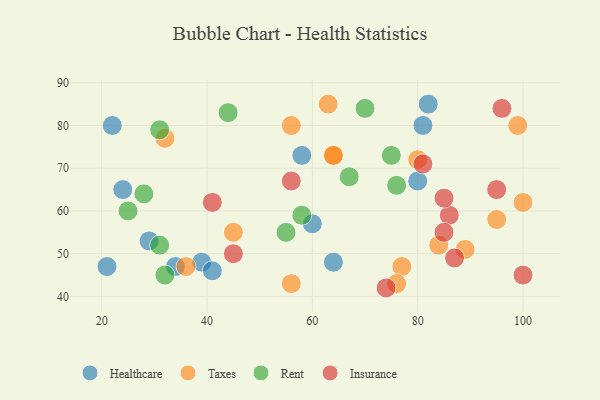
{"axis": {"x": "GDP", "y": "Life Expectancy"}, "legend": ["Healthcare", "Insurance", "Rent", "Taxes"], "data": [{"x": "81", "y": 80, "type": "Healthcare"}, {"x": "34", "y": 47, "type": "Healthcare"}, {"x": "64", "y": 48, "type": "Healthcare"}, {"x": "80", "y": 67, "type": "Healthcare"}, {"x": "39", "y": 48, "type": "Healthcare"}, {"x": "22", "y": 80, "type": "Healthcare"}, {"x": "29", "y": 53, "type": "Healthcare"}, {"x": "82", "y": 85, "type": "Healthcare"}, {"x": "21", "y": 47, "type": "Healthcare"}, {"x": "24", "y": 65, "type": "Healthcare"}, {"x": "41", "y": 46, "type": "Healthcare"}, {"x": "60", "y": 57, "type": "Healthcare"}, {"x": "58", "y": 73, "type": "Healthcare"}, {"x": "100", "y": 62, "type": "Taxes"}, {"x": "45", "y": 55, "type": "Taxes"}, {"x": "77", "y": 47, "type": "Taxes"}, {"x": "64", "y": 73, "type": "Taxes"}, {"x": "36", "y": 47, "type": "Taxes"}, {"x": "95", "y": 58, "type": "Taxes"}, {"x": "32", "y": 77, "type": "Taxes"}, {"x": "84", "y": 52, "type": "Taxes"}, {"x": "80", "y": 72, "type": "Taxes"}, {"x": "89", "y": 51, "type": "Taxes"}, {"x": "56", "y": 43, "type": "Taxes"}, {"x": "63", "y": 85, "type": "Taxes"}, {"x": "64", "y": 73, "type": "Taxes"}, {"x": "99", "y": 80, "type": "Taxes"}, {"x": "76", "y": 43, "type": "Taxes"}, {"x": "56", "y": 80, "type": "Taxes"}, {"x": "44", "y": 83, "type": "Rent"}, {"x": "76", "y": 66, "type": "Rent"}, {"x": "31", "y": 79, "type": "Rent"}, {"x": "55", "y": 55, "type": "Rent"}, {"x": "32", "y": 45, "type": "Rent"}, {"x": "67", "y": 68, "type": "Rent"}, {"x": "28", "y": 64, "type": "Rent"}, {"x": "31", "y": 52, "type": "Rent"}, {"x": "70", "y": 84, "type": "Rent"}, {"x": "58", "y": 59, "type": "Rent"}, {"x": "25", "y": 60, "type": "Rent"}, {"x": "75", "y": 73, "type": "Rent"}, {"x": "41", "y": 62, "type": "Insurance"}, {"x": "86", "y": 59, "type": "Insurance"}, {"x": "45", "y": 50, "type": "Insurance"}, {"x": "87", "y": 49, "type": "Insurance"}, {"x": "95", "y": 65, "type": "Insurance"}, {"x": "56", "y": 67, "type": "Insurance"}, {"x": "85", "y": 55, "type": "Insurance"}, {"x": "85", "y": 63, "type": "Insurance"}, {"x": "96", "y": 84, "type": "Insurance"}, {"x": "74", "y": 42, "type": "Insurance"}, {"x": "81", "y": 71, "type": "Insurance"}, {"x": "100", "y": 45, "type": "Insurance"}]}